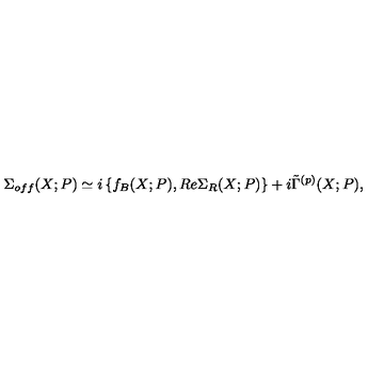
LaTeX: \Sigma _ { o f f } ( X ; P ) \simeq i \left\{ f _ { B } ( X ; P ) , R e \Sigma _ { R } ( X ; P ) \right\} + i \tilde { \Gamma } ^ { ( p ) } ( X ; P ) ,